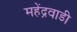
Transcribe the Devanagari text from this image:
महेंद्रवाडी